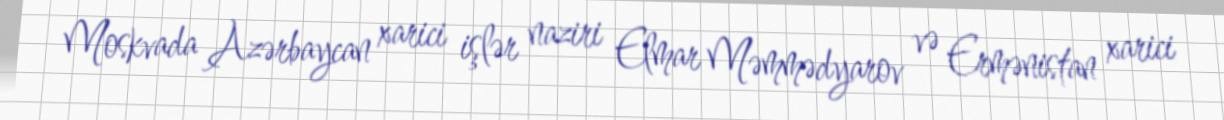
Moskvada Azərbaycan xarici işlər naziri Elmar Məmmədyarov və Ermənistan xarici